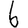
Digit: 6